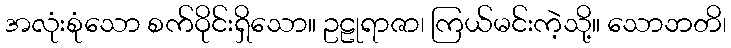
အလုံးစုံသော စက်ဝိုင်းရှိသော။ ဥဠုရာဇာ၊ ကြယ်မင်းကဲ့သို့။ သောဘတိ၊